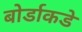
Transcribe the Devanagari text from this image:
बोर्डाकडे